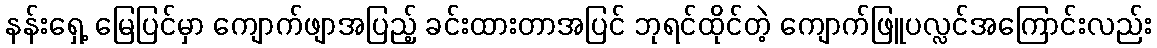
နန်းရှေ့ မြေပြင်မှာ ကျောက်ဖျာအပြည့် ခင်းထားတာအပြင် ဘုရင်ထိုင်တဲ့ ကျောက်ဖြူပလ္လင်အကြောင်းလည်း